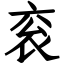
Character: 衮